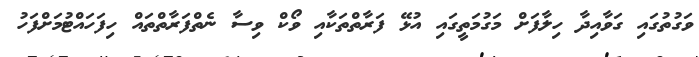
ވަގުތުގައި ގަވާއިދާ ހިލާފަށް މަގުމަތީގައި އުޅޭ ފަރާތްތަކާއި ވޯކް ވިސާ ނެތްފަރާތްތައް ހިފަހައްޓުމަށްފަހު